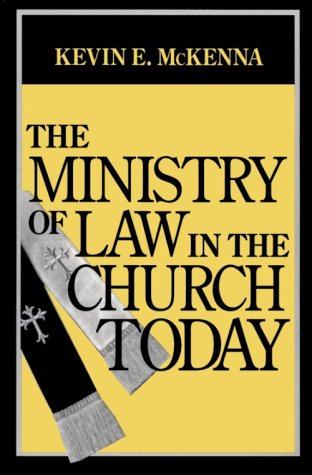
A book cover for The Ministry of Law in the Church Today; Kevin E. McKenna; Christian Books & Bibles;